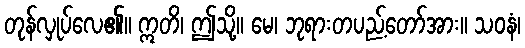
တုန်လှုပ်လေ၏။ ဣတိ၊ ဤသို့။ မေ၊ ဘုရားတပည့်တော်အား။ သဝနံ၊